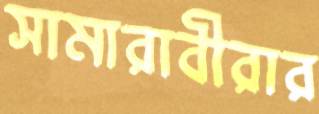
সামারাবীরার